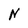
Character: N